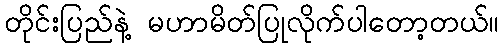
တိုင်းပြည်နဲ့ မဟာမိတ်ပြုလိုက်ပါတော့တယ်။